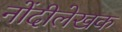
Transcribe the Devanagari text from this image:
नोंदीलेखक